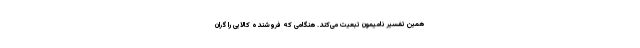
همین تفسیر نامیمون تبعیت می‌کند. هنگامی که فروشنده کالایی را گران